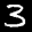
Label: 3